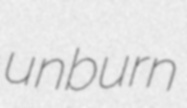
unburn